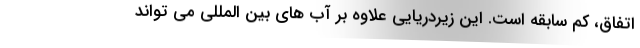
اتفاق، کم سابقه است. این زیردریایی علاوه بر آب های بین المللی می تواند